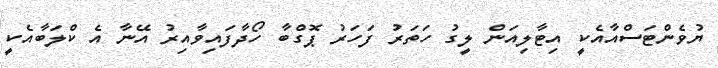
ޔުވެންޓަސްއާއެކީ އިޓާލިއަން ލީގު ހަތަރު ފަހަރު ޕޮގްބާ ހޯދާފައިވާއިރު އޭނާ އެ ކްލަބާއެކީ